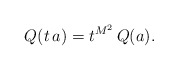
\begin{align*}Q(t\, a)=t^{M^2}\,Q(a).\end{align*}